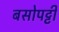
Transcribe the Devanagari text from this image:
बसोपट्टी